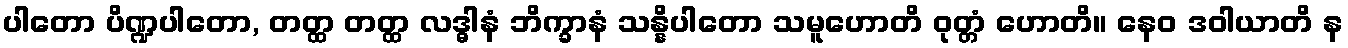
ပါတော ပိဏ္ဍပါတော, တတ္ထ တတ္ထ လဒ္ဓါနံ ဘိက္ခာနံ သန္နိပါတော သမူဟောတိ ဝုတ္တံ ဟောတိ။ နေဝ ဒဝါယာတိ န